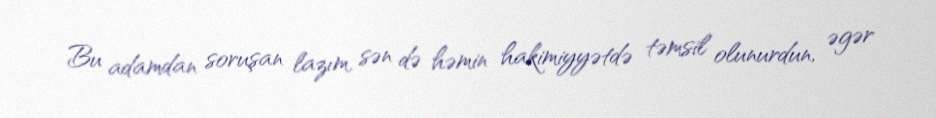
Bu adamdan soruşan lazım, sən də həmin hakimiyyətdə təmsil olunurdun, əgər